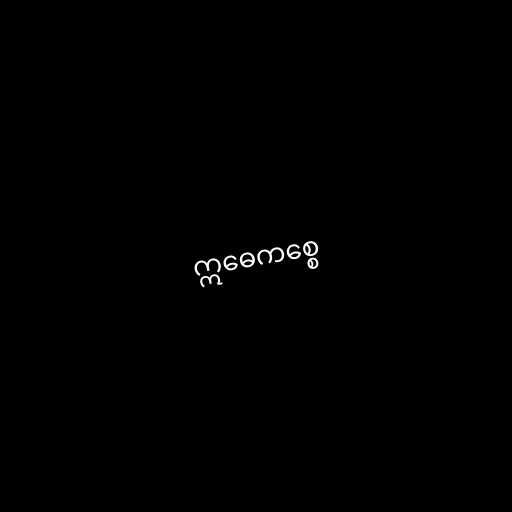
ဣဓေကစ္စေ